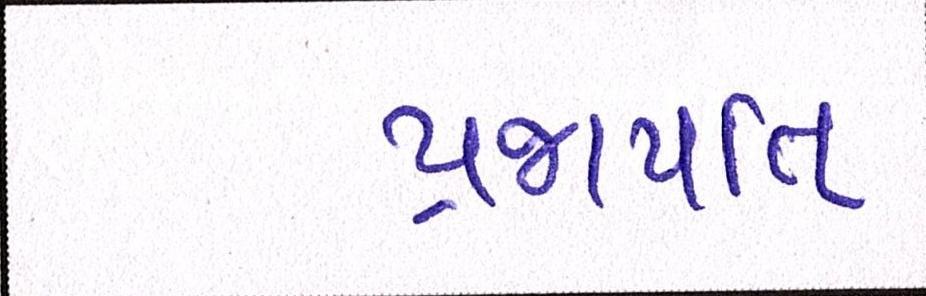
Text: પ્રજાપતિ